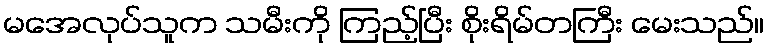
မအေလုပ်သူက သမီးကို ကြည့်ပြီး စိုးရိမ်တကြီး မေးသည်။